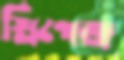
স্লিপেজ